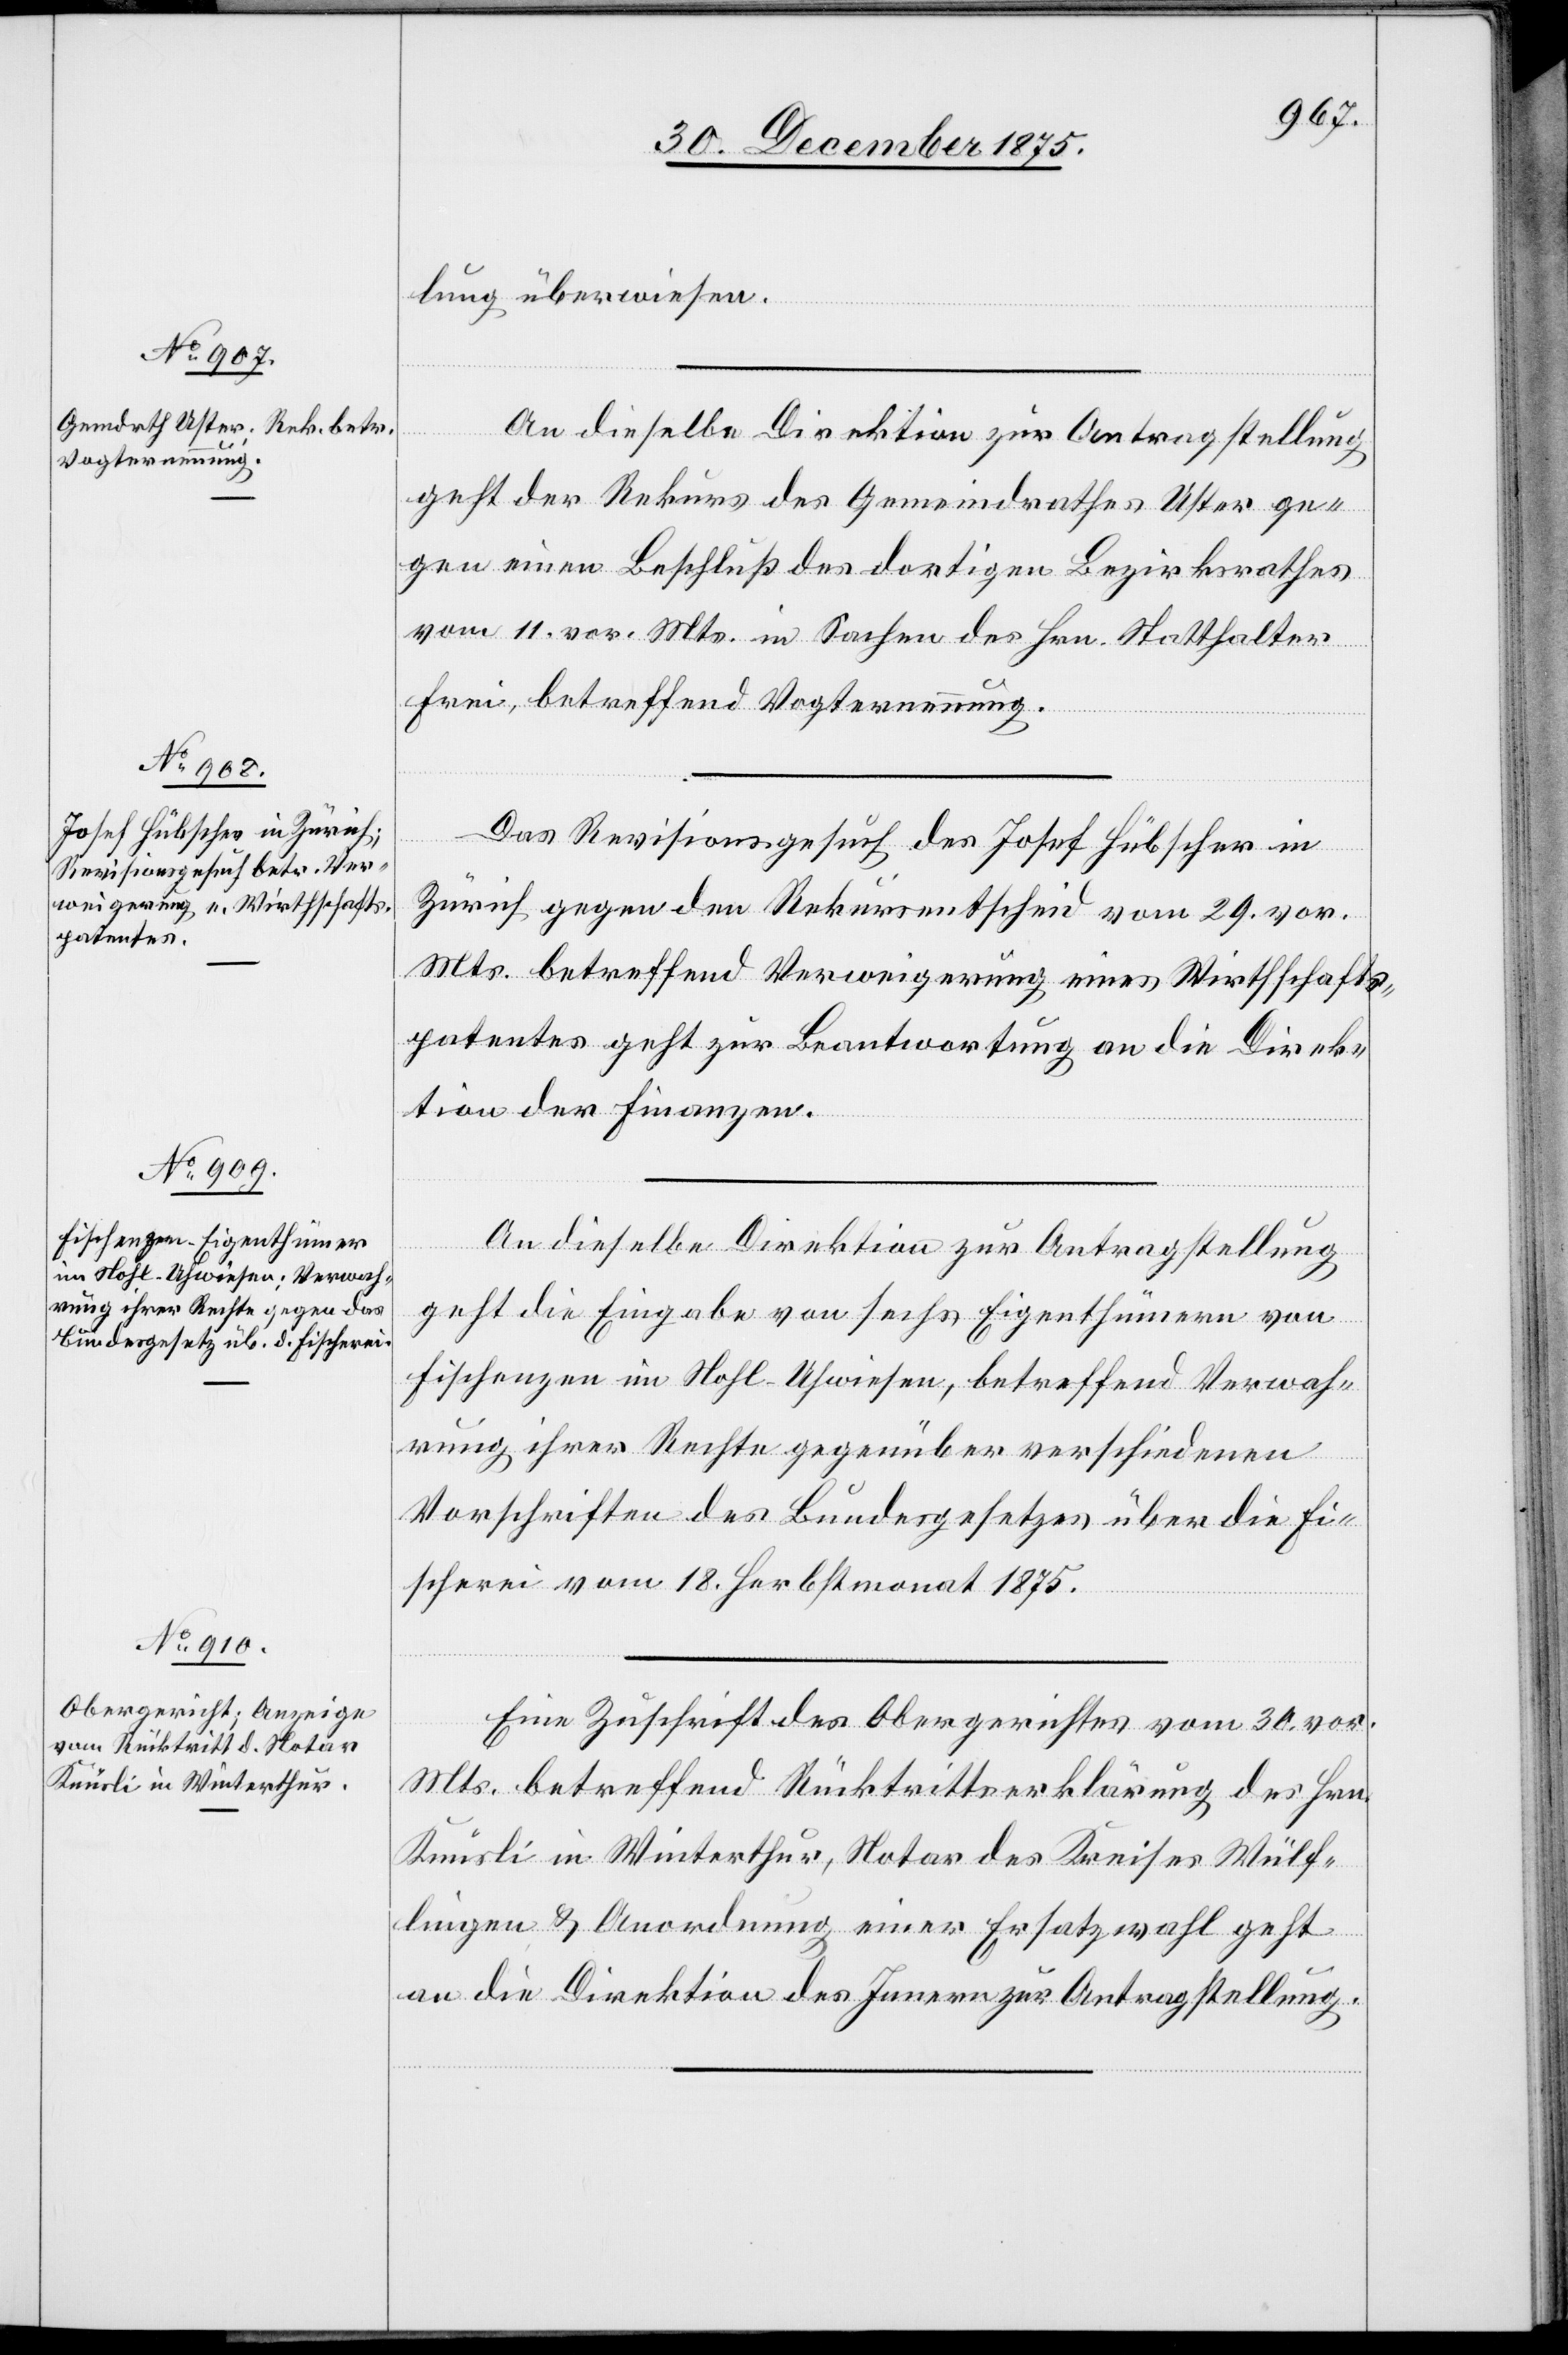
lung überwiesen.
An dieselbe Direktion zur Antragstellung
geht der Rekurs des Gemeindrathes Uster ge¬
gen einen Beschluß des dortigen Bezirksrathes
vom 11. vor. Mts. in Sachen des Hrn. Statthalter
Frei, betreffend Vogternennung.
Jan¬
Das Revisionsgesuch des Josef Hübscher in
Zürich gegen den Rekursentscheid vom 29. vor.
Mts. betreffend Verweigerung eines Wirthschafts¬
patentes geht zur Beantwortung an die Direk¬
tion der Finanzen.
uar
An dieselbe Direktion zur Antragstellung
geht die Eingabe von sechs Eigenthümern von
Fischenzen im Nohl - Uhwiesen, betreffend Verwah¬
rung ihrer Rechte gegenüber verschiedenen
Vorschriften des Bundesgesetzes über die Fi¬
scherei vom 18. Herbstmonat 1875.
Januar
Eine Zuschrift des Obergerichtes vom 30. vor.
Mts. betreffend Rücktrittserklärung des Hrn.
Knüsli in Winterthur, Notar des Kreises Wülf¬
lingen & Anordnung einer Ersatzwahl geht
an die Direktion des Innern zur Antragstellung.